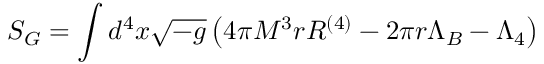
S _ { G } = \int d ^ { 4 } x \sqrt { - g } \left( 4 \pi M ^ { 3 } r R ^ { \left( 4 \right) } - 2 \pi r \Lambda _ { B } - \Lambda _ { 4 } \right)